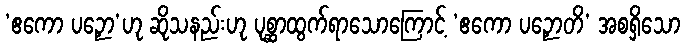
‘ဧကော ပဉှော’ဟု ဆိုသနည်းဟု ပုစ္ဆာထွက်ရာသောကြောင့် ‘ဧကော ပဉှောတိ’ အစရှိသော